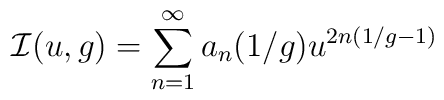
{\cal I}(u,g)= \sum_{n=1}^\infty a_n(1/g) u^{2n(1/g-1)}